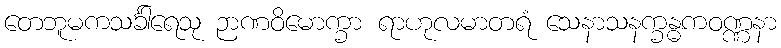
တေဘူမကသင်္ခါရေသု ဉာဏဝိမောက္ခာ ရာဟုလမာတရံ သေနာသနက္ခန္ဓကဝဏ္ဏနာ